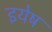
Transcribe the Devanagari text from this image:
इयेष